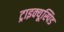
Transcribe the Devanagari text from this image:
ट्राइक्यूस्पिड